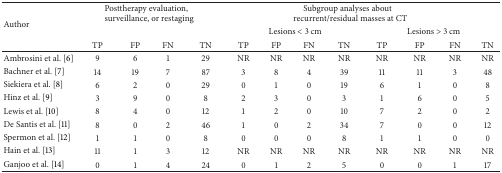
| <ROWSPAN=3> Author | <COLSPAN=4> Posttherapy evaluation, surveillance, or restaging | <COLSPAN=8> Subgroup analyses about recurrent/residual masses at CT |
 |  |  |  |  | <COLSPAN=4> Lesions < 3 cm | <COLSPAN=4> Lesions > 3 cm |
 | TP | FP | FN | TN | TP | FP | FN | TN | TP | FP | FN | TN |
 | --- | --- | --- | --- | --- | --- | --- | --- | --- | --- | --- | --- | --- |
 | Ambrosini et al. [6] | 9 | 6 | 1 | 29 | NR | NR | NR | NR | NR | NR | NR | NR |
 | Bachner et al. [7] | 14 | 19 | 7 | 87 | 3 | 8 | 4 | 39 | 11 | 11 | 3 | 48 |
 | Siekiera et al. [8] | 6 | 2 | 0 | 29 | 0 | 1 | 0 | 19 | 6 | 1 | 0 | 8 |
 | Hinz et al. [9] | 3 | 9 | 0 | 8 | 2 | 3 | 0 | 3 | 1 | 6 | 0 | 5 |
 | Lewis et al. [10] | 8 | 4 | 0 | 12 | 1 | 2 | 0 | 10 | 7 | 2 | 0 | 2 |
 | De Santis et al. [11] | 8 | 0 | 2 | 46 | 1 | 0 | 2 | 34 | 7 | 0 | 0 | 12 |
 | Spermon et al. [12] | 1 | 1 | 0 | 8 | 0 | 0 | 0 | 8 | 1 | 1 | 0 | 0 |
 | Hain et al. [13] | 11 | 1 | 3 | 12 | NR | NR | NR | NR | NR | NR | NR | NR |
 | Ganjoo et al. [14] | 0 | 1 | 4 | 24 | 0 | 1 | 2 | 5 | 0 | 0 | 1 | 17 |